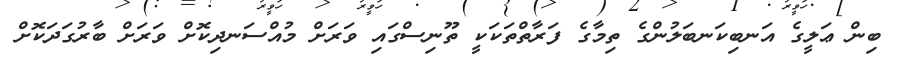
ބިން ޢަލީގެ އަނބިކަނބަލުންގެ ތިމާގެ ފަރާތްތަކަކީ ތޫނިސްގައި ވަރަށް މުއްސަނދިކޮށް ވަރަށް ބާރުގަދަކޮށް